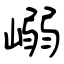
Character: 嵶